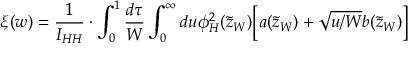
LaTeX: \xi ( w ) = \frac { 1 } { I _ { H H } } \cdot \int _ { 0 } ^ { 1 } \frac { d \tau } { W } \int _ { 0 } ^ { \infty } d u \phi _ { H } ^ { 2 } ( \tilde { z } _ { W } ) \biggl [ a ( \tilde { z } _ { W } ) + \sqrt { u / W } b ( \tilde { z } _ { W } ) \biggr ]